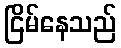
ငြိမ်နေသည်